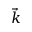
\vec { k }